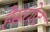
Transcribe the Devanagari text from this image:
हैसरगेट